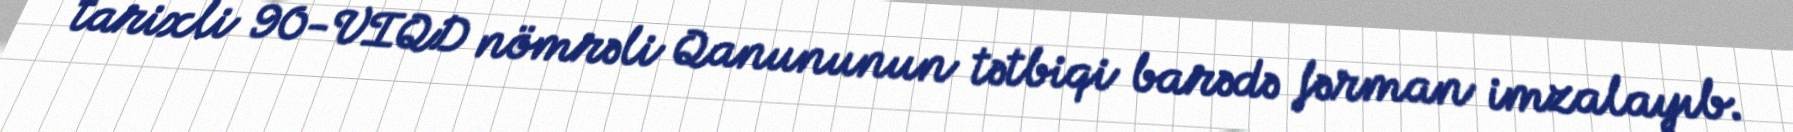
tarixli 90-VIQD nömrəli Qanununun tətbiqi barədə fərman imzalayıb.